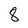
Character: 8